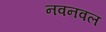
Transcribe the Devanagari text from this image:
नवनवल